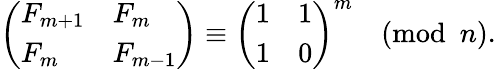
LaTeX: {\left(\begin{array}{ll}{F_{m+1}}&{F_{m}}\\ {F_{m}}&{F_{m-1}}\end{array}\right)}\equiv{\left(\begin{array}{ll}{1}&{1}\\ {1}&{0}\end{array}\right)}^{m}{\pmod{n}}.